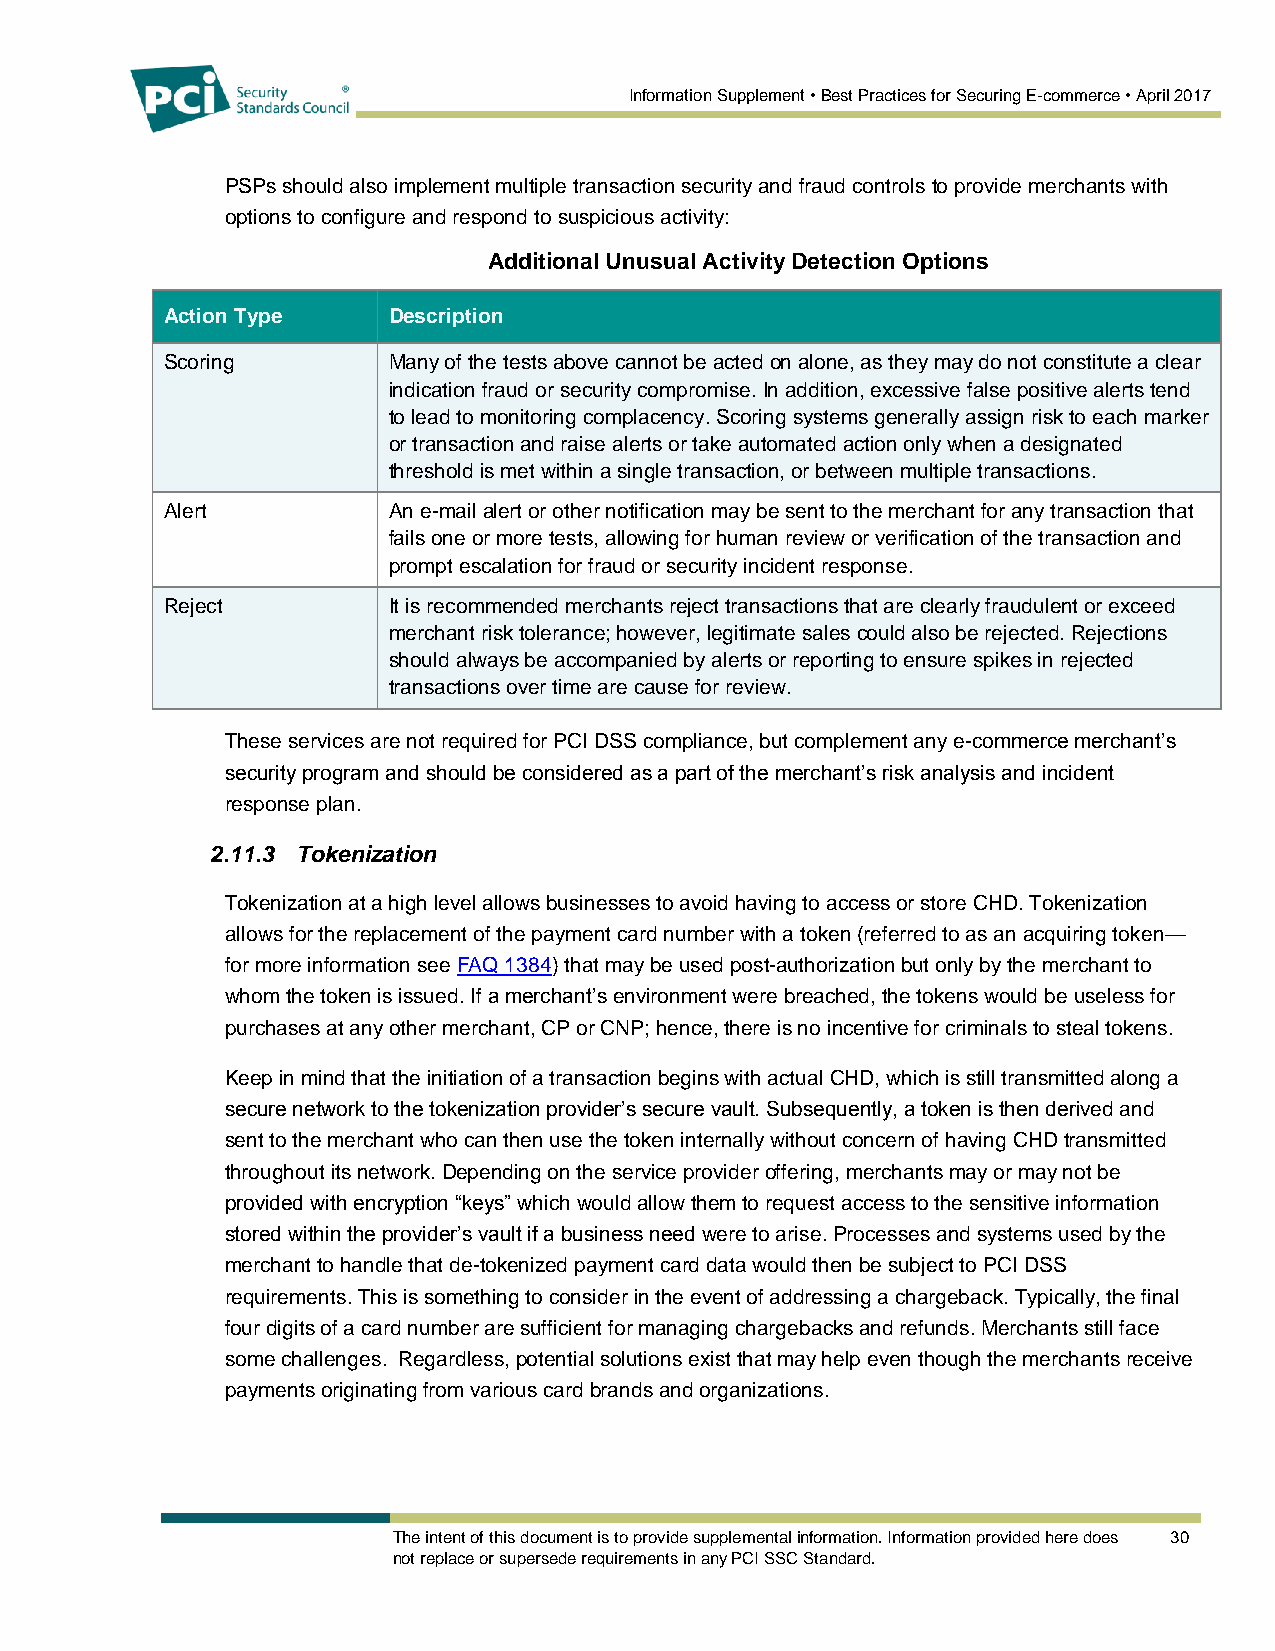
Information Supplement • Best Practices for Securing E-commerce • April 2017
 PSPs should also implement multiple transaction security and fraud controls to provide merchants with
 options to configure and respond to suspicious activity:
 Additional Unusual Activity Detection Options
 Action Type    Description
 Scoring        Many of the tests above cannot be acted on alone, as they may do not constitute a clear
 indication fraud or security compromise. In addition, excessive false positive alerts tend
 to lead to monitoring complacency. Scoring systems generally assign risk to each marker
 or transaction and raise alerts or take automated action only when a designated
 threshold is met within a single transaction, or between multiple transactions.
 Alert          An e-mail alert or other notification may be sent to the merchant for any transaction that
 fails one or more tests, allowing for human review or verification of the transaction and
 prompt escalation for fraud or security incident response.
 Reject         It is recommended merchants reject transactions that are clearly fraudulent or exceed
 merchant risk tolerance; however, legitimate sales could also be rejected. Rejections
 should always be accompanied by alerts or reporting to ensure spikes in rejected
 transactions over time are cause for review.
 These services are not required for PCI DSS compliance, but complement any e-commerce merchant’s
 security program and should be considered as a part of the merchant’s risk analysis and incident
 response plan.
 2.11.3 Tokenization
 Tokenization at a high level allows businesses to avoid having to access or store CHD. Tokenization
 allows for the replacement of the payment card number with a token (referred to as an acquiring token—
 for more information see FAQ 1384) that may be used post-authorization but only by the merchant to
 whom the token is issued. If a merchant’s environment were breached, the tokens would be useless for
 purchases at any other merchant, CP or CNP; hence, there is no incentive for criminals to steal tokens.
 Keep in mind that the initiation of a transaction begins with actual CHD, which is still transmitted along a
 secure network to the tokenization provider’s secure vault. Subsequently, a token is then derived and
 sent to the merchant who can then use the token internally without concern of having CHD transmitted
 throughout its network. Depending on the service provider offering, merchants may or may not be
 provided with encryption “keys” which would allow them to request access to the sensitive information
 stored within the provider’s vault if a business need were to arise. Processes and systems used by the
 merchant to handle that de-tokenized payment card data would then be subject to PCI DSS
 requirements. This is something to consider in the event of addressing a chargeback. Typically, the final
 four digits of a card number are sufficient for managing chargebacks and refunds. Merchants still face
 some challenges. Regardless, potential solutions exist that may help even though the merchants receive
 payments originating from various card brands and organizations.
 The intent of this document is to provide supplemental information. Information provided here does 30
 not replace or supersede requirements in any PCI SSC Standard.